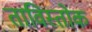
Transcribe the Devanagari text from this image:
ताविस्तोक